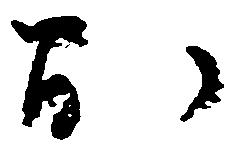
お